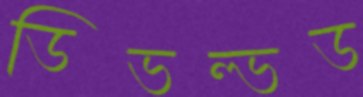
ডিভল্ভড